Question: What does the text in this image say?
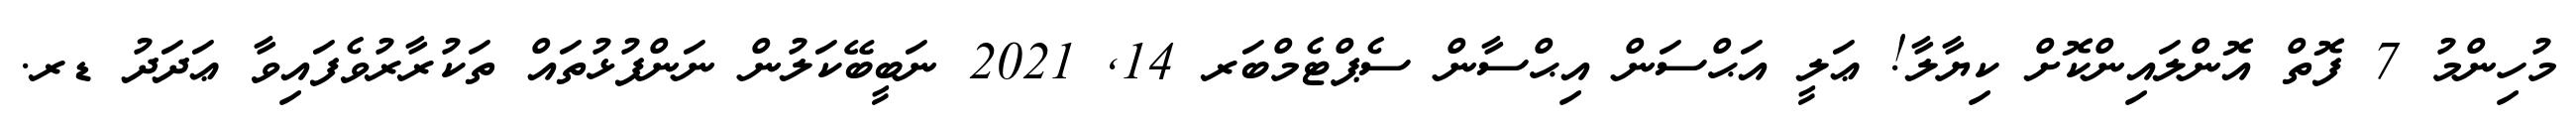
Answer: މުހިންމު 7 ފޮތް އޮންލައިންކޮށް ކިޔާލާ! ޢަލީ އަޙްސަން އިޙްސާން ސެޕްޓެމްބަރ 14, 2021 ނަބީބޭކަލުން ނަންފުޅުތައް ތަކުރާރުވެފައިވާ ޢަދަދު ޑރ.